Civil Veterinary Department. United Provinces 1912-22 - 1912-1922
Year: 1912
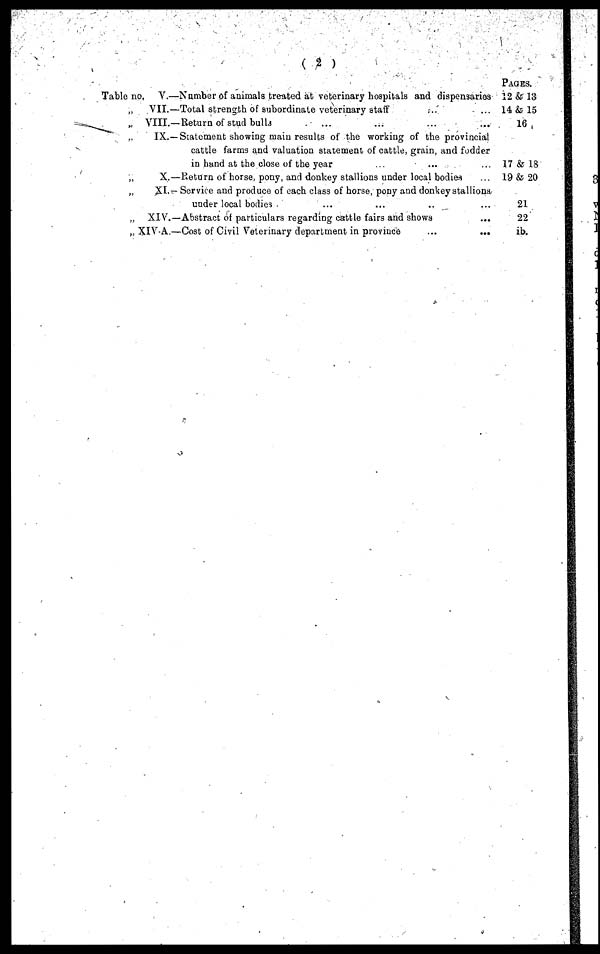
(2)
Table no, V.—Number of animals treated at veterinary hospitals and dispensaries
„
VII.—Total strength of subordinate veterinary staff ... ...
„ VIII.—Return of stud bulls ... ... ... ...
„ IX.—Statement showing main results of the working of the provincial
cattle farms and valuation statement of cattle, grain, and fodder
in hand at the close of the year ... ... ...
„ X.—Return of horse, pony, and donkey stallions under local bodies ...
„
XI.— Service and produce of each class of horse, pony and donkey stallions
under local bodies ... ... ... ...
„ XIV.—Abstract of particulars regarding cattle fairs and shows ...
„ XIV-A.—Cost of Civil Veterinary department in province
...
...
PAGES.
12 & 13
14 & 15
16
17 & 18
19 & 20
21
22
ib.